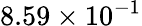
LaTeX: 8.59\times 10^{-1}